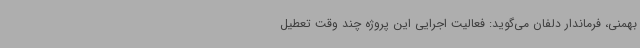
بهمنی، فرماندار دلفان می‌گوید: فعالیت اجرایی این پروژه چند وقت تعطیل